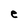
Character: e